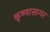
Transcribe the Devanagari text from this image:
कृष्णासागर